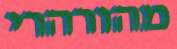
מהורהרי